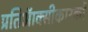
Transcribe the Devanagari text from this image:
प्रतिऑक्सीकारकों